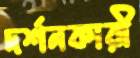
দর্শনকারী